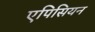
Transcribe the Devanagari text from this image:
एपिसियन